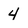
Character: 4